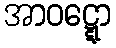
အာဝဋ္ဋော